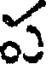
ప